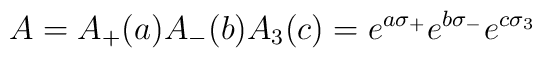
A=A_+(a)A_-(b)A_3(c)=e^{a \sigma_+}e^{b \sigma_-}e^{c \sigma_3}